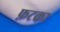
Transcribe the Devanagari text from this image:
फ़टका